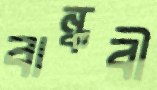
বান্ধবী